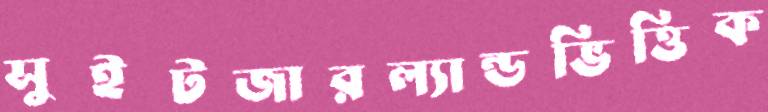
সুইটজারল্যান্ডভিত্তিক